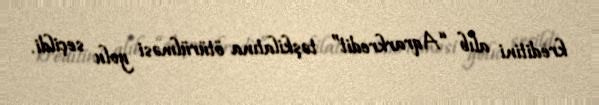
kreditini alıb “Aqrarkredit” təşkilatına ötürülməsi yolu seçildi.